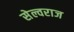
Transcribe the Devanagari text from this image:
सेल्वराज